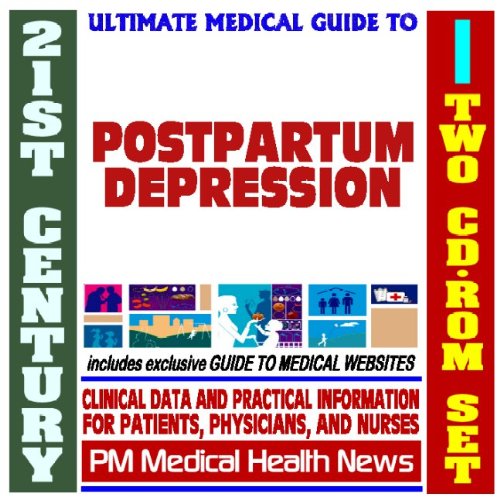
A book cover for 21st Century Ultimate Medical Guide to Postpartum Depression - Authoritative Clinical Information for Physicians and Patients (Two CD-ROM Set); PM Medical Health News; Health, Fitness & Dieting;